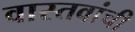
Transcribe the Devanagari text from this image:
वास्तवांची